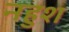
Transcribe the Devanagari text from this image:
नहुश